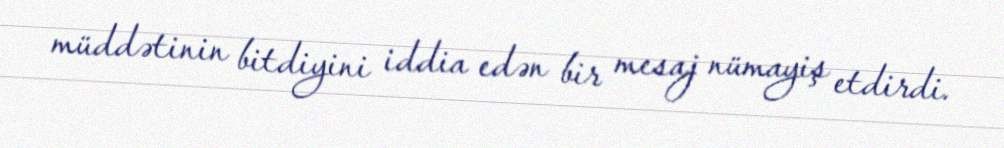
müddətinin bitdiyini iddia edən bir mesaj nümayiş etdirdi.